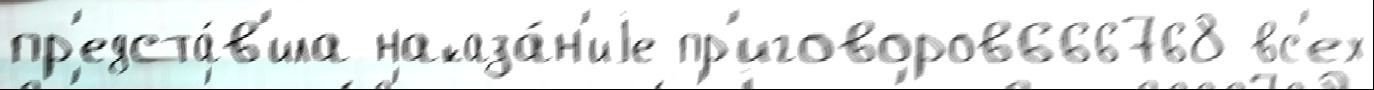
пр'едста́в'ила наказа́н'иjе пр'иговоров666768 вс'ех